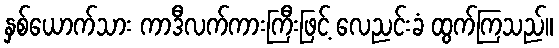
နှစ်ယောက်သား ကာဒီလက်ကားကြီးဖြင့် လေညင်းခံ ထွက်ကြသည်။